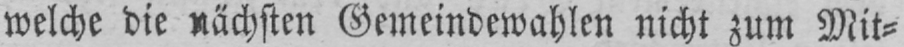
welche die nächsten Gemeindewahlen nicht zum Mit⸗